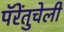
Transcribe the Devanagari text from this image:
पॅरेंतुचेली